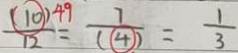
\frac { ( 1 0 ) 4 9 } { 1 2 } = \frac { 7 } { ( 4 ) } = \frac { 1 } { 3 }